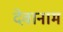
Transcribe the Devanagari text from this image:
देवानाम